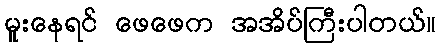
မူးနေရင် ဖေဖေက အအိပ်ကြီးပါတယ်။